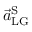
\vec { a } _ { \mathrm { L G } } ^ { \mathrm { S } }